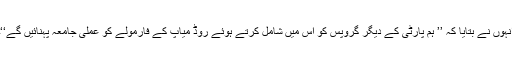
انہوں نے بتایا کہ ’’ ہم پارٹی کے دیگر گروپس کو اس میں شامل کرتے ہوئے روڈ میاپ کے فارمولے کو عملی جامعہ پہنائیں گے‘‘۔